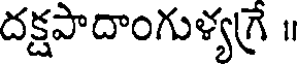
దక్షపాదాంగుళ్యగ్రే ॥